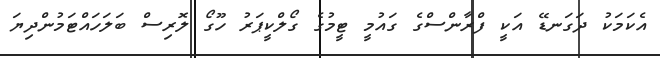
އެކަމަކު ދަގަނޑޭ އަކީ ފްރާންސްގެ ގައުމީ ޓީމުގެ ގޯލްކީޕަރު ހޫގޯ ލޮރިސް ބަލަހައްޓަމުންދިޔަ